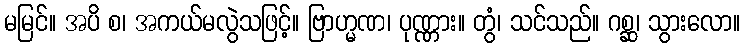
မမြင်။ အပိ စ၊ အကယ်မလွဲသဖြင့်။ ဗြာဟ္မဏ၊ ပုဏ္ဏား။ တွံ၊ သင်သည်။ ဂစ္ဆ၊ သွားလော။